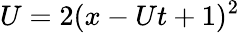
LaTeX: U=2(x-Ut+1)^{2}